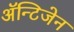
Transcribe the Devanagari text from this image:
अॅन्टिजेन